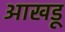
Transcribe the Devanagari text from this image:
आखडू